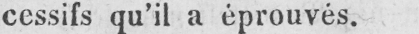
cessifs qu’il a éprouvés.